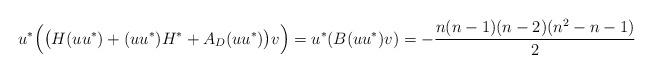
LaTeX: \begin{align*}u^*\Big(\big(H(uu^*)+(uu^*)H^*+A_D(uu^*)\big)v \Big)=u^*(B(uu^*)v)=-\frac{n(n-1)(n-2)(n^2-n-1)}{2}\end{align*}